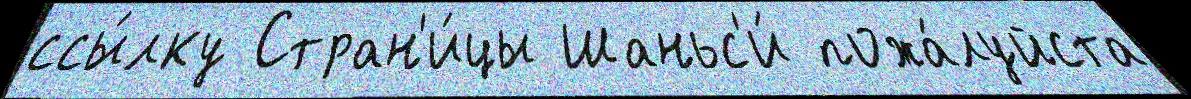
ссы́лку Стран'и́цы Шаньс'и́ пожа́луйста